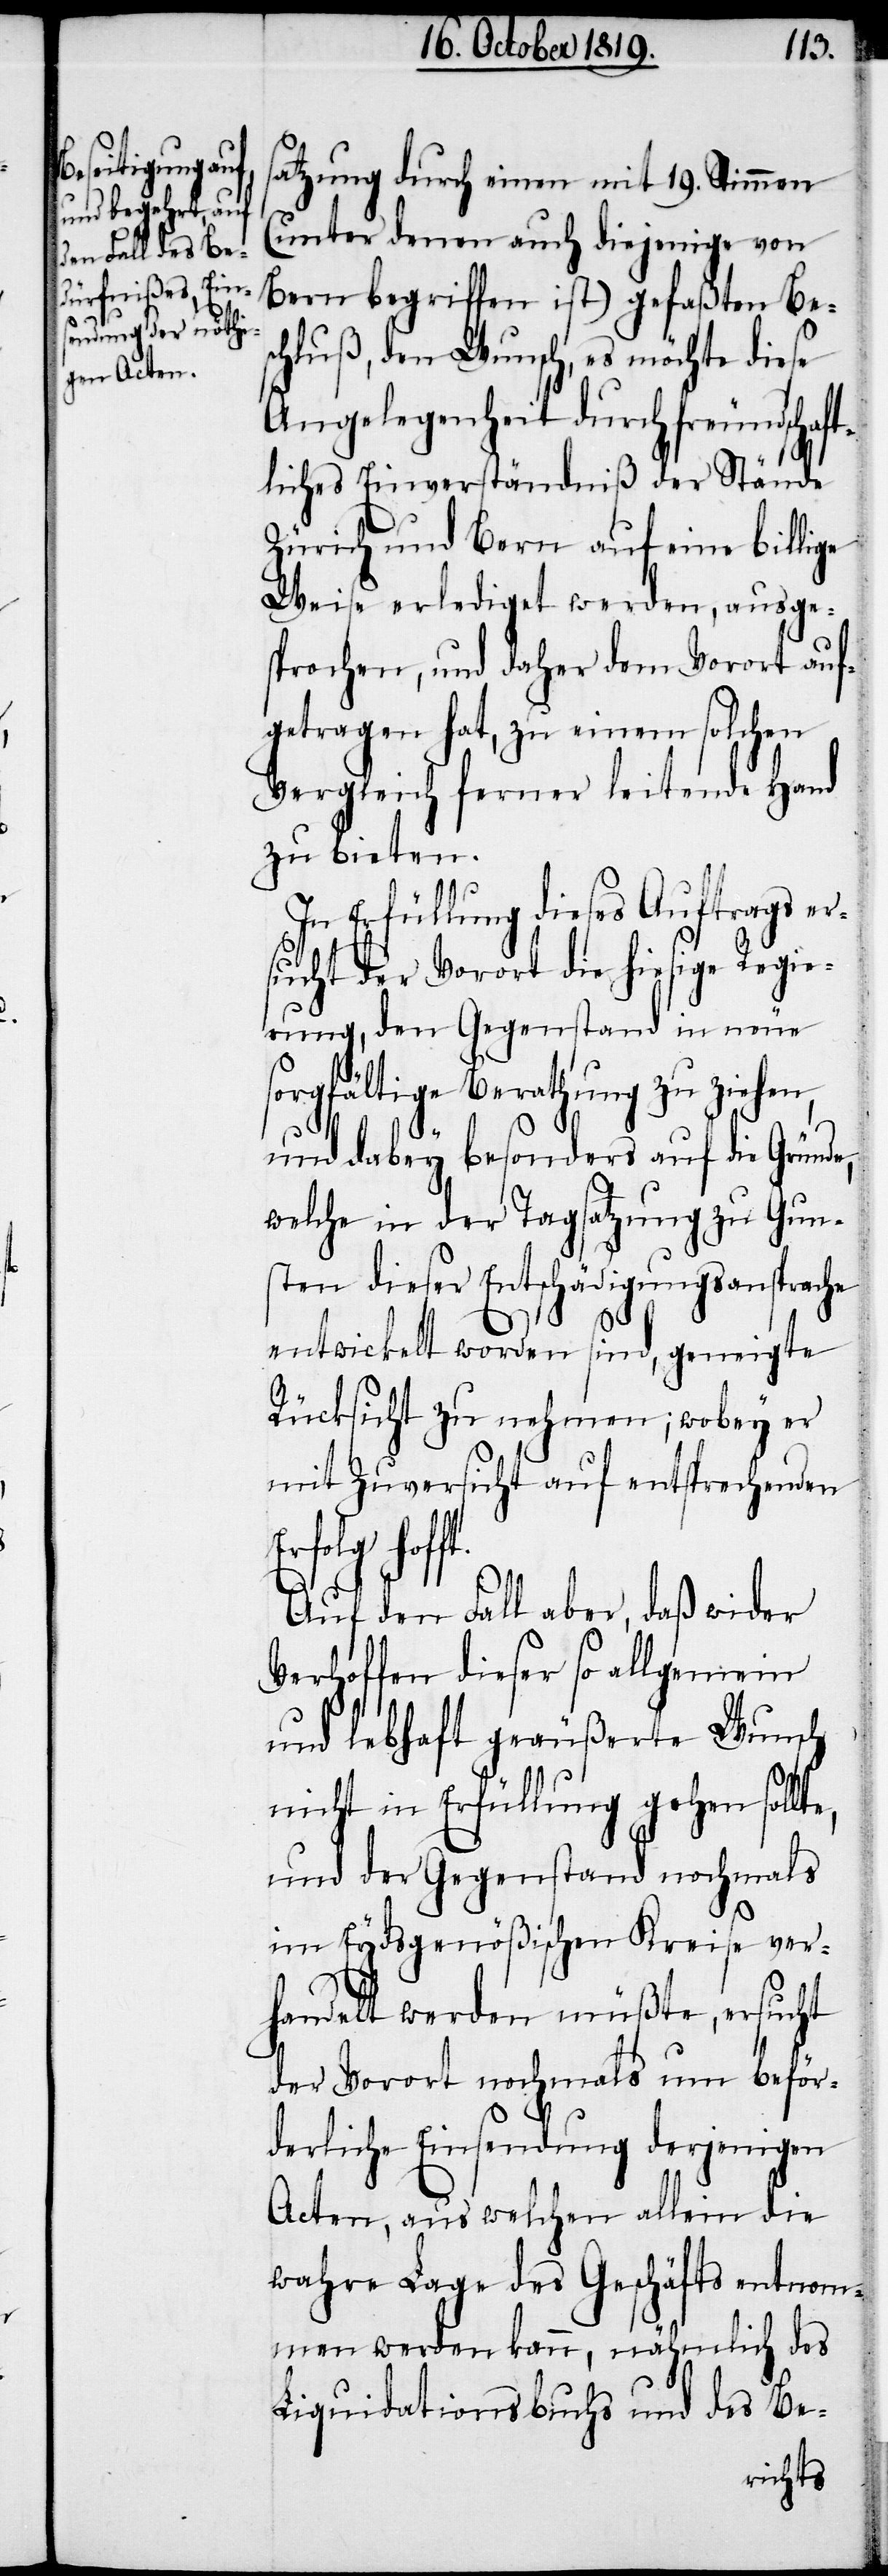
te,
satzung durch einen mit 19. Stimmen
(unter denen auch diejenige von
Bern begriffen ist) gefaßten Be¬
schluße, den Wunsch, es möchte diese
Angelegenheit durch freundschaft¬
liches Einverständniß der Stände
Zürich und Bern auf eine billige
Weise erlediget werden, ausge¬
sprochen, und daher dem Vorort auf¬
getragen hat, zu einem solchen
Vergleich ferner leitende Hand
zu bieten.
In Erfüllung dieses Auftrags er¬
sucht der Vorort die hiesige Regie¬
rung, den Gegenstand in neue
sorgfältige Berathung zu ziehen,
und dabey besonders auf die Gründe,
welche in der Tagsatzung zu Gun¬
sten dieser Entschädigunsansprache
entwickelt worden sind, geneigte
Rücksicht zu nehmen; wobey er
mit Zuversicht auf entsprechenden
Erfolg hof¬
Auf den Fall aber, daß wider
Verhoffen dieser so allgemein
und lebhaft geäußerte Wunsch
nicht in Erfüllung gehen soll¬
und der Gegenstand nochmals
im Eydsgenößischen Kreise ver¬
handelt werden müßte, ersucht
der Vorort nochmals um Beför¬
derliche Einsendung derjenigen
Acten, aus welchen allein die
wahre Lage des Geschäfts entnom¬
men werden kann, nähmlich des
Liquidationsbuchs und des Be-